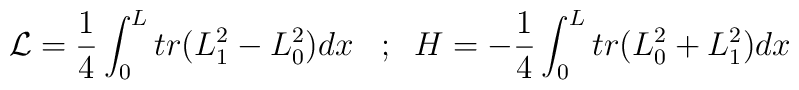
{\cal L} = \frac{1}{4} \int_{0}^{L} tr(L_{1}^2 - L_{0}^2)dx \;\;\; ;\;\;\; \\   H = - \frac{1}{4} \int_{0}^{L} tr(L_{0}^2 + L_{1}^2)dx